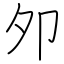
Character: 夘